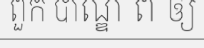
ពួក បាណ្ឌ ព ឲ្យ